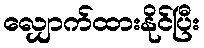
လျှောက်ထားနိုင်ပြီး